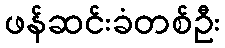
ဖန်ဆင်းခံတစ်ဦး